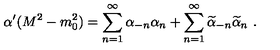
\alpha ^ { \prime } ( M ^ { 2 } - m _ { 0 } ^ { 2 } ) = \sum _ { n = 1 } ^ { \infty } \alpha _ { - n } \alpha _ { n } + \sum _ { n = 1 } ^ { \infty } \widetilde { \alpha } _ { - n } \widetilde { \alpha } _ { n } \ .